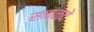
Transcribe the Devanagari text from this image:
सावळदे